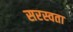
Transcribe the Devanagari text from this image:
सरस्वता